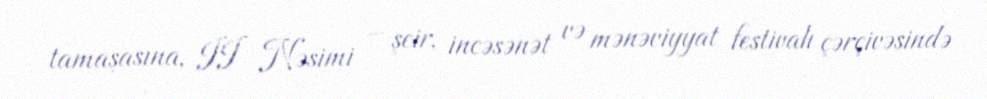
tamaşasına, II Nəsimi – şeir, incəsənət və mənəviyyat festivalı çərçivəsində